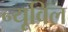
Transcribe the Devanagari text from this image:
न्यूविल